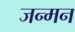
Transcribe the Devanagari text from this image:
जन्मन